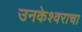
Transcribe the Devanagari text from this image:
उनकेश्वराचा